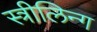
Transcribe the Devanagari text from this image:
स्त्रीलिन्ग